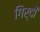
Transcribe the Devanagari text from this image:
गिर्दों